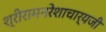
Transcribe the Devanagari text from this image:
श्रीरामनरेशाचार्यजी